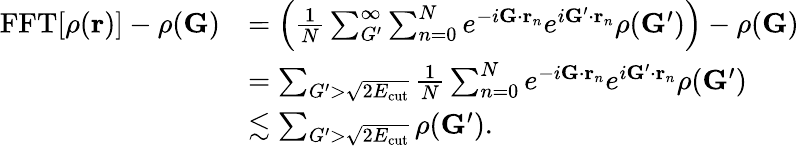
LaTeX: \begin{array}{rl}{\mathrm{FFT}[\rho(\mathbf{r})]-\rho(\mathbf{G})}&{=\Big(\frac{1}{N}\sum_{G^{\prime}}^{\infty}\sum_{n=0}^{N}e^{-i\mathbf{G}\cdot\mathbf{r}_{n}}e^{i\mathbf{G}^{\prime}\cdot\mathbf{r}_{n}}\rho(\mathbf{G}^{\prime})\Big)-\rho(\mathbf{G})}\\ &{=\sum_{G^{\prime}>\sqrt{2E_{\mathrm{cut}}}}\frac{1}{N}\sum_{n=0}^{N}e^{-i\mathbf{G}\cdot\mathbf{r}_{n}}e^{i\mathbf{G}^{\prime}\cdot\mathbf{r}_{n}}\rho(\mathbf{G}^{\prime})}\\ &{\lesssim\sum_{G^{\prime}>\sqrt{2E_{\mathrm{cut}}}}\rho(\mathbf{G}^{\prime}).}\end{array}